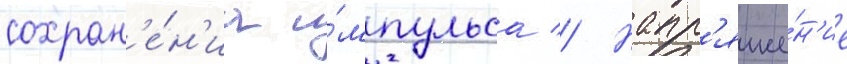
сохран'е́н'иа и́мпульса // Напр'яже́н'ие